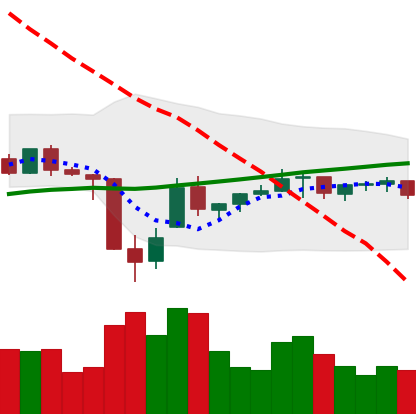
Ticker: TRX-USD
Chart end date: 2021-07-05
Forward return: -4.949%
Label: down_3_5